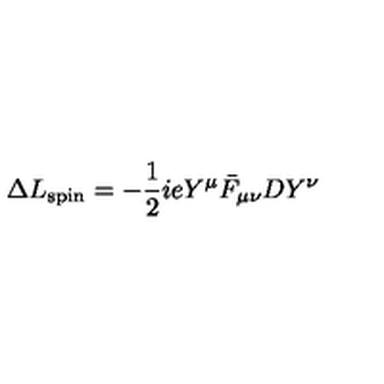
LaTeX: \Delta L _ { \mathrm { s p i n } } = - { \frac { 1 } { 2 } } i e Y ^ { \mu } \bar { F } _ { \mu \nu } D Y ^ { \nu } \,